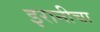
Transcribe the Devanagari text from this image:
इरानीचा